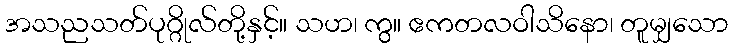
အသညသတ်ပုဂ္ဂိုလ်တို့နှင့်။ သဟ၊ ကွ။ ဧကတလဝါသိနော၊ တူမျှသော